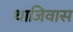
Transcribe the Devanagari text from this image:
थाजिवास